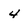
Character: 4